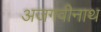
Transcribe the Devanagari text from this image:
अजगवीनाथ